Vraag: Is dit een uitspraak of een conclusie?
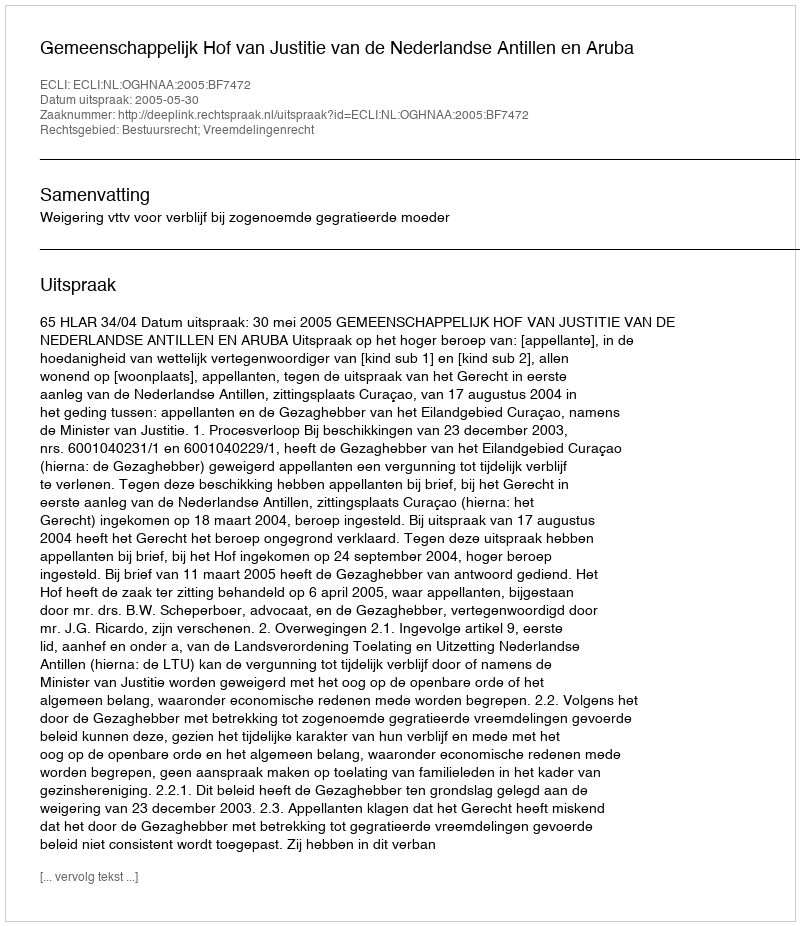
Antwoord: Uitspraak